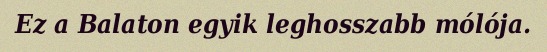
Ez a Balaton egyik leghosszabb mólója.